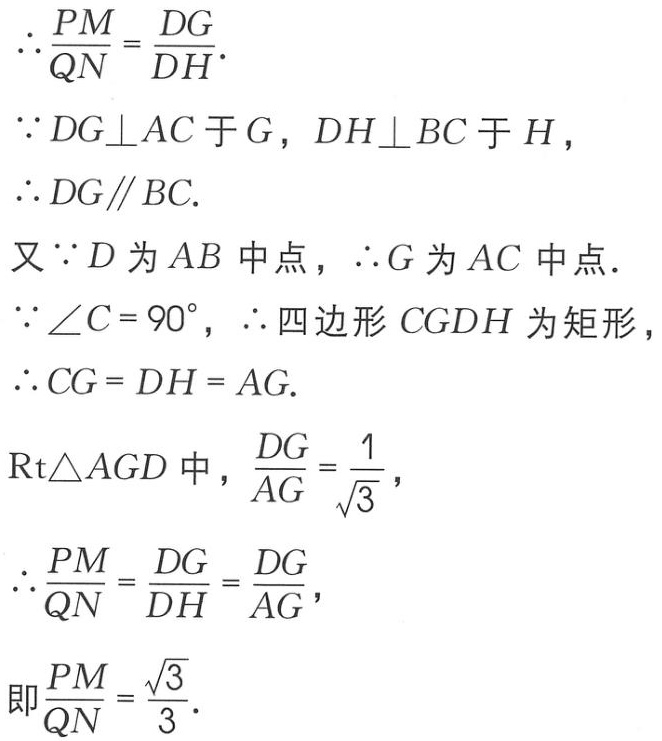
\[\begin{align*}
&\therefore\frac{PM}{QN}=\frac{DG}{DH}.\\
&\because DG\perp AC\text{ 于 }G，DH\perp BC\text{ 于 }H，\\
&\therefore DG\parallel BC.\\
&\text{又}\because D\text{ 为 }AB\text{ 中点，}\therefore G\text{ 为 }AC\text{ 中点．}\\
&\because\angle C = 90^{\circ}，\therefore\text{ 四边形 }CGDH\text{ 为矩形}，\\
&\therefore CG = DH = AG.\\
&\text{Rt}\triangle AGD\text{ 中，}\frac{DG}{AG}=\frac{1}{\sqrt{3}}，\\
&\therefore\frac{PM}{QN}=\frac{DG}{DH}=\frac{DG}{AG}，\\
&\text{即}\frac{PM}{QN}=\frac{\sqrt{3}}{3}.
\end{align*}\]